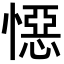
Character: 𭞪